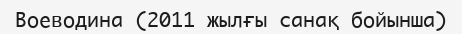
Воеводина (2011 жылғы санақ бойынша)